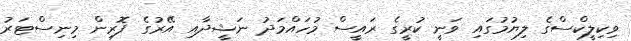
ވިކިލީކްސްގެ ލިޔުމުގައި ވަނީ ކުރީގެ ރައީސް މުހައްމަދު ނަޝީދާއި އޭރުގެ ފޮރިން މިނިސްޓަރު